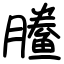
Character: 䲢